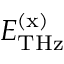
E _ { \mathrm { T H z } } ^ { \mathrm { ( x ) } }